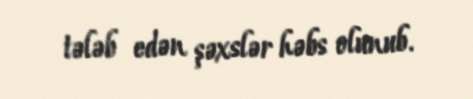
tələb edən şəxslər həbs olunub.